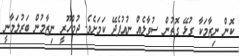
ކޮން ނިޒާމަކާ ގުޅޭ ގޮތުން ސުވާލެއް ނުއުފެދޭ ކަމަށެވެ. ޖުމްހޫރީ ނިޒާމުން ބަރުލަމާނީ